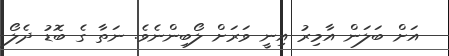
އަށް ބަލަން އާމިރު އިނީ ވަރަށް ލޯބިންނެވެ. ނަތާ ގެ ބޮޑު ދެލޯ